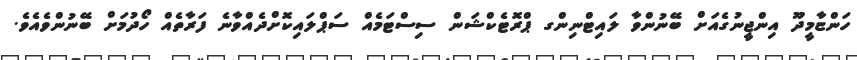
ހަންޏާމީދޫ އިންޖީނުގެއަށް ބޭނުންވާ ލައިޓްނިންގ ޕްރޮޓެކްޝަން ސިސްޓަމެއް ސަޕްލައިކޮށްދެއްވާނެ ފަރާތެއް ހޯދުމަށް ބޭނުންވެއެވެ.